system: You are a helpful assistant.
user:
Analyze the provided spectrum to determine if it is a **M-type Giant (gM)**.

A M-type Giant spectrum is defined by its **strong molecular absorption** features, particularly from **Titanium Oxide (TiO)**. You must check for one of the following mutually exclusive signatures:

- **Key Visual Indicators (Absorption-Dominated Spectrum):**

    - **(Primary):** The spectrum is dominated by strong molecular absorption from **Titanium Oxide (TiO)**. This is the **defining feature** of its M-type temperature class.
        - **(Key Bandheads):** Look for sharp, "saw-tooth" absorption valleys. The strongest are located near **~7050 Å**, **~6160 Å**, and **~5170 Å**.
        - **(Line Profile):** The "saw-tooth" morphology is critical: a **sharp, steep drop on the BLUE (short-wavelength) side** of the bandhead, followed by a gradual recovery (rising flux) towards the RED (long-wavelength) side.

    - **(Key Confirmation - Giant vs. Dwarf):** **ABSENCE** of strong **Calcium Hydride (CaH)** molecular bands. This is the primary diagnostic for *excluding* M-dwarfs.
        - **(Key Region):** The spectrum should lack the strong, broad absorption band seen in dwarfs between **~6800 Å and ~7000 Å**.

    - **(Secondary Confirmation - Giant):** A very strong and broad **Neutral Calcium (Ca I)** atomic absorption line.
        - **(Key Line):** Located at **~4226 Å**. In a giant (gM), this line is significantly deeper and broader than the same line in an M-dwarf (dM) due to low surface gravity.

    - **(Overall Spectrum):**
        - The continuum is **extremely red-sloping** (i.e., flux is very low in the blue and rises dramatically towards the red).
        - The entire spectrum appears "chopped up" by the deep TiO bands.

Think first, call **spectral_visualization_tool** if needed to examine features in detail, then provide your final answer. Your response must adhere to the following strict rules:
1.  **Overall Structure:** Your response must follow the format `<think>...</think> <tool_call>...</tool_call> (if a tool is used) <answer>...</answer>`.
2.  **Tool Usage Constraint:** You may only make **one** tool call per turn.
3.  **Final Answer Format:** In the `<answer>` tag, your conclusion must be inside a `\boxed{}` command (e.g., `\boxed{YES}` or `\boxed{NO}`), followed by your justification.

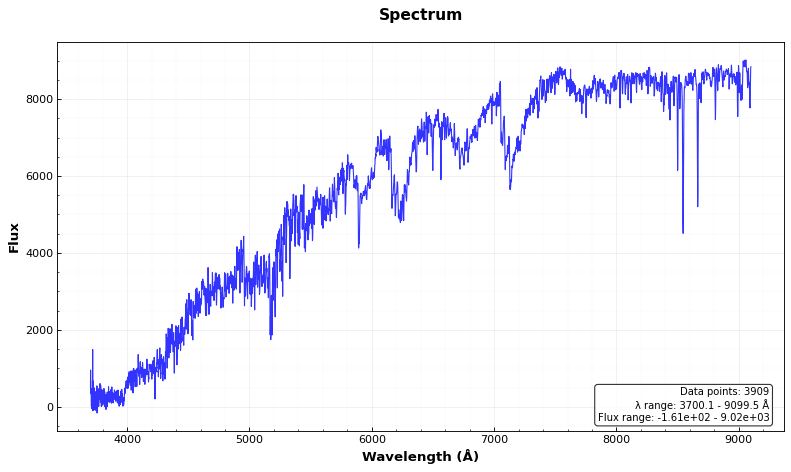
Answer: YES